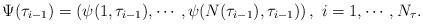
LaTeX: \begin{align*}\Psi(\tau_{i-1}) = \left( \psi(1,\tau_{i-1}), \cdots, \psi(N(\tau_{i-1}),\tau_{i-1}) \right),~i=1,\cdots,N_\tau.\end{align*}